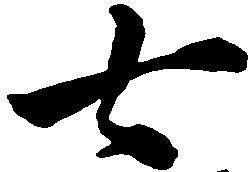
七